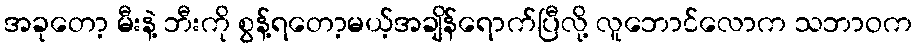
အခုတော့ မီးနဲ့ ဘီးကို စွန့်ရတော့မယ့်အချိန်ရောက်ပြီလို့ လူဘောင်လောက သဘာဝက